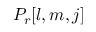
P _ { r } [ l , m , j ]